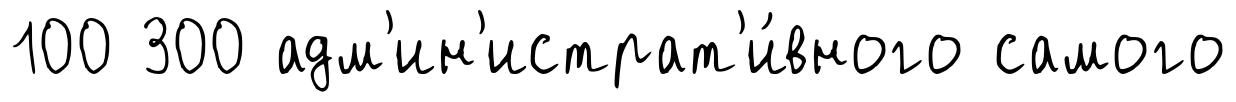
100 300 адм'ин'истрат'и́вного самого